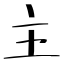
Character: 主